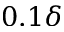
0 . 1 \delta